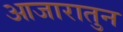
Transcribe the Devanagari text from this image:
आजारातुन